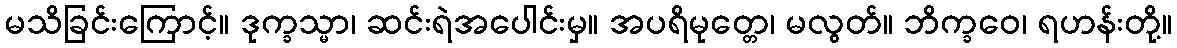
မသိခြင်းကြောင့်။ ဒုက္ခသ္မာ၊ ဆင်းရဲအပေါင်းမှ။ အပရိမုတ္တေ၊ မလွတ်။ ဘိက္ခဝေ၊ ရဟန်းတို့။